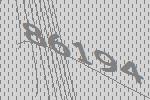
86194